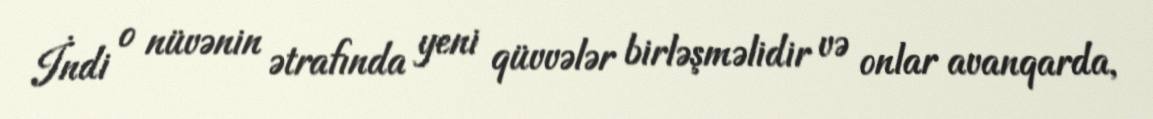
İndi o nüvənin ətrafında yeni qüvvələr birləşməlidir və onlar avanqarda,